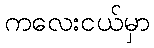
ကလေးငယ်မှာ